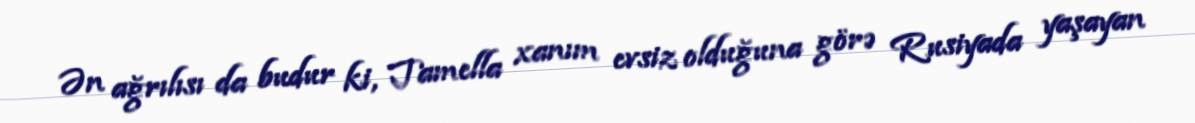
Ən ağrılısı da budur ki, Tamella xanım evsiz olduğuna görə Rusiyada yaşayan